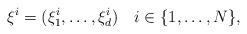
LaTeX: \begin{align*}{ {\xi}}^i=(\xi^i_1,\ldots,\xi^i_d) \ \ \ i\in \{1,\ldots,N\},\end{align*}